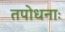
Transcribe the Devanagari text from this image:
तपोधनाः